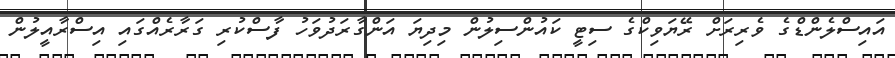
އައިސްލެންޑްގެ ވެރިރަށް ރޭޔަވިކްގެ ސިޓީ ކައުންސިލުން މިދިޔަ އަންގާރަދުވަހު ފާސްކުރި ގަރާރެއްގައި އިސްރާއީލުން